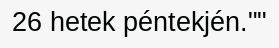
26 hetek péntekjén.""